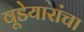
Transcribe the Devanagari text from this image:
वूडेयारांचा